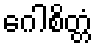
ဂေါစိတ္တံ